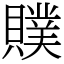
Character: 贌